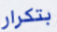
بتكرار